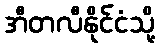
အီတလီနိုင်ငံသို့